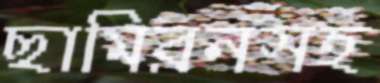
ছামিরনসহ